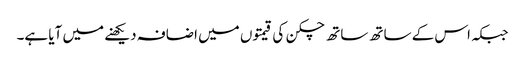
جبکہ اس کے ساتھ ساتھ چکن کی قیمتوں میں اضافہ دیکھنے میں آیا ہے۔